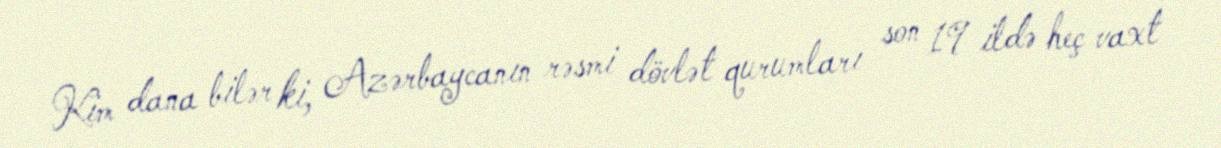
Kim dana bilər ki, Azərbaycanın rəsmi dövlət qurumları son 19 ildə heç vaxt